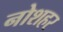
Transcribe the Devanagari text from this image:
नोशहर